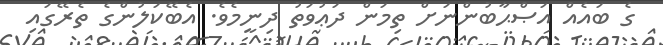
ގެ ބައެއް އަޞްޙާބުންނަށް ތިމަން ދަޢުވަތު ދިނީމެވެ. އެބޭކަލުންގެ ތެރޭގައި